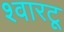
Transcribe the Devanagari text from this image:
श्वारटू